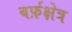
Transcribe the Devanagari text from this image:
बर्फ़क्षेत्र